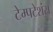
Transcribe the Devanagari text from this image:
टेम्पटेशंस